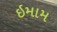
ઇમામ